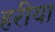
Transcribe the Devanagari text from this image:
हरीया